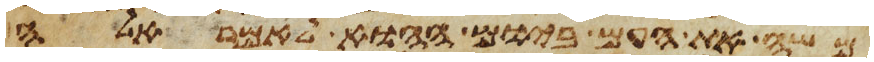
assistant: משה את העם ביום ההוא לאמר אלה